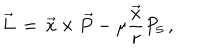
LaTeX: \vec { L } \, = \, \vec { x } \times \vec { P } - \mu \frac { \vec { x } } { r } P _ { 5 } \, ,